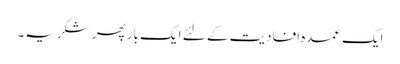
ایک عمدہ افادیت کے لئے ایک بار پھر شکریہ۔